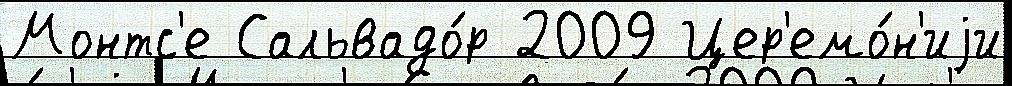
Монтс'е Сальвадо́р 2009 Цер'емо́н'иjи